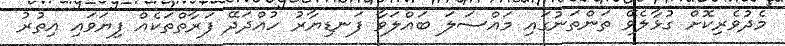
މެދުވެރިކޮށް ގުޅާލެވޭ ތަންތަނުގައި މައްސަލަ ބައްލަވާ ފަނޑިޔާރު ހުއްދަދޭ ފަރާތްތަކެއް ފިޔަވައި އިތުރު